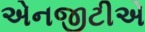
એનજીટીએ